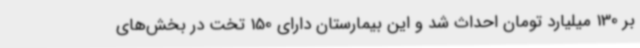
بر 130 میلیارد تومان احداث شد و این بیمارستان دارای 150 تخت در بخش‌های